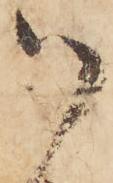
御